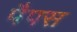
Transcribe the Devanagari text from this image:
पैपस